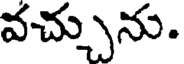
వచ్చును.